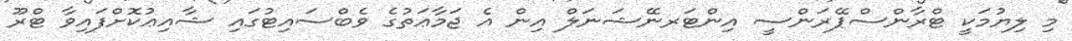
މި ލިޔުމަކީ ޓްރާންސްޕޭރަންސީ އިންޓަރނޭޝަނަލް އިން އެ ޖަމާޢަތުގެ ވެބްސައިޓުގައި ޝާއިޢުކޮށްފައިވާ ޓްރޫ